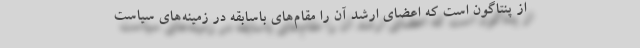
از پنتاگون است که اعضای ارشد آن را مقام‌های باسابقه در زمینه‌های سیاست